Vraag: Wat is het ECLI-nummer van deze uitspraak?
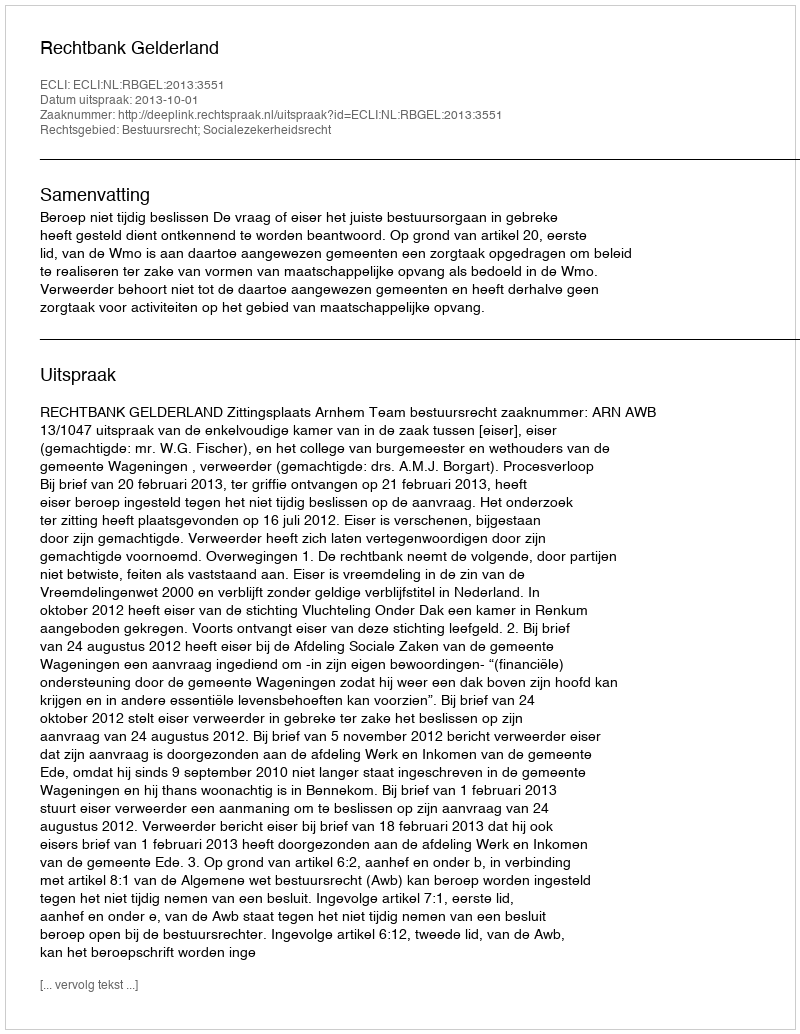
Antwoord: ECLI:NL:RBGEL:2013:3551